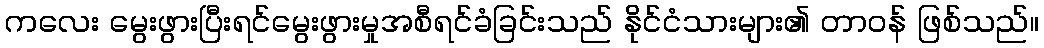
ကလေး မွေးဖွားပြီးရင်မွေးဖွားမှုအစီရင်ခံခြင်းသည် နိုင်ငံသားများ၏ တာဝန် ဖြစ်သည်။